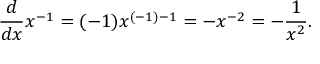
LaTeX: { \frac { d } { d x } } x ^ { - 1 } = ( - 1 ) x ^ { ( - 1 ) - 1 } = - x ^ { - 2 } = - { \frac { 1 } { x ^ { 2 } } } .